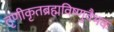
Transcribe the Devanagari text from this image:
तृणीकृतब्रह्मविष्णुवैभवः